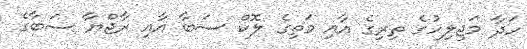
ހަދާ މަޖިލިހުގެ ތިރިގެ އާއި މަތިގެ ލޮކް ސަބާ އާއި ރާޖްޔާ ސަބާގެ